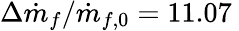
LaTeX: \Delta\dot{m}_{f}/\dot{m}_{f,0}=11.07\